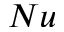
N u